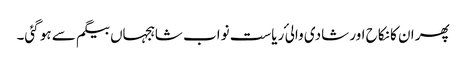
پھر ان کا نکاح اور شادی والی ٔ ریاست نواب شاہجہاں بیگم سے ہو گئی۔